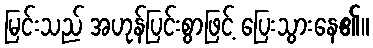
မြင်းသည် အဟုန်ပြင်းစွာဖြင့် ပြေးသွားနေ၏။